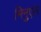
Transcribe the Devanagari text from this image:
मिनुएल